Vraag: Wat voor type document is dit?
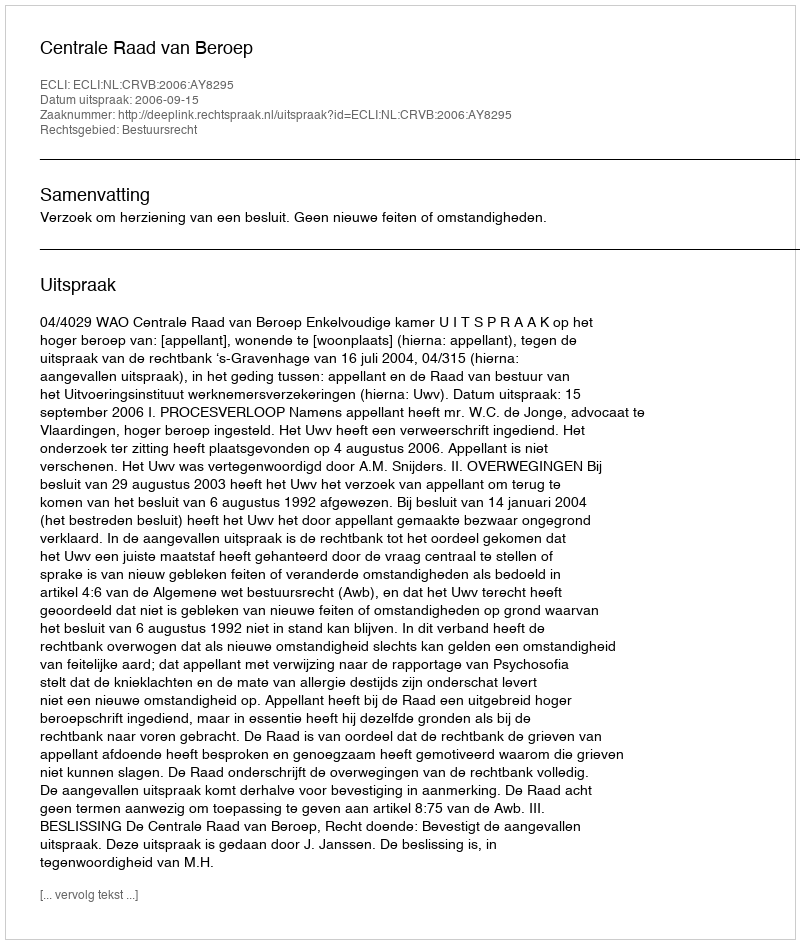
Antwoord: Uitspraak